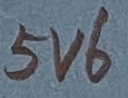
Text: 5V6